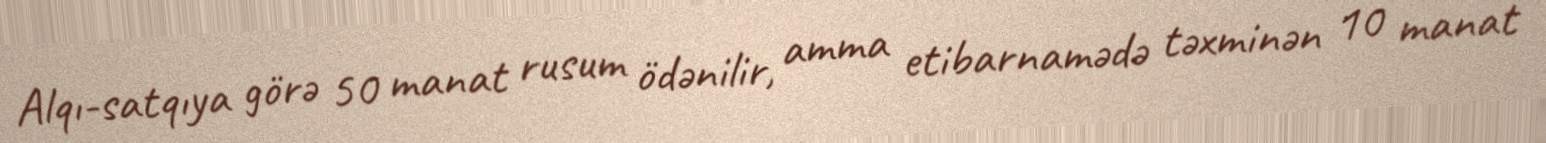
Alqı-satqıya görə 50 manat rusum ödənilir, amma etibarnamədə təxminən 10 manat